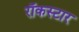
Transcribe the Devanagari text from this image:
रॉकस्‍टार